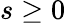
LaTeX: s\geq 0